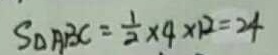
s _ { \Delta A B C } = \frac { 1 } { 2 } \times 4 \times 1 2 = 2 4